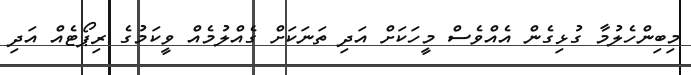
މިބިންހެލުމާ ގުޅިގެން އެއްވެސް މީހަކަށް އަދި ތަނަކަށް ގެއްލުމެއް ވީކަމުގެ ރިޕޯޓެއް އަދި